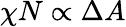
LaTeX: \chi N\propto\Delta A